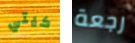
كيتي رجعة